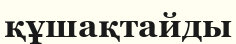
құшақтайды